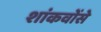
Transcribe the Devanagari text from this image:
शांकवोंसे